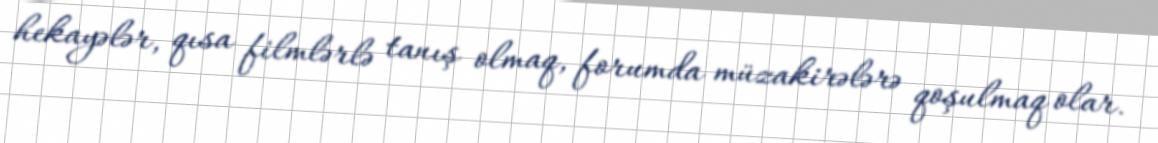
hekayələr, qısa filmlərlə tanış olmaq, forumda müzakirələrə qoşulmaq olar.